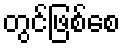
တွင်ဖြစ်စေ